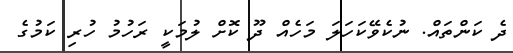
ދެ ކަންތައް. ނުކެވޭކަހަލަ މަހެއް ދޫ ކޮށް ލުމަކީ ރަހުމު ހުރި ކަމުގެ